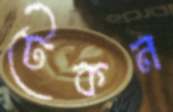
টেকন